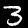
Label: 3